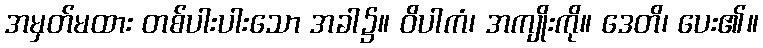
အမှတ်မထား တစ်ပါးပါးသော အခါ၌။ ဝိပါကံ၊ အကျိုးကို။ ဒေတိ၊ ပေး၏။